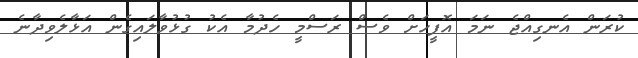
ކުރަން އެނގިއްޖެ ނަމަ އޮފީހަށް ވެސް ރަސްމީ ހެދުމާ އެކު ގުޅުވާލައިގެން އަޅާލެވިދާނެ